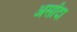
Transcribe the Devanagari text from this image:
असोंदा